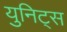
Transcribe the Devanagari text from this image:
युनिट्स